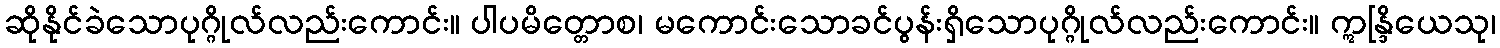
ဆိုနိုင်ခဲသောပုဂ္ဂိုလ်လည်းကောင်း။ ပါပမိတ္တောစ၊ မကောင်းသောခင်ပွန်းရှိသောပုဂ္ဂိုလ်လည်းကောင်း။ ဣန္ဒြိယေသု၊